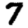
Digit: 7